Indian journal of veterinary science and animal husbandry - Volume 2,
Year: 1932
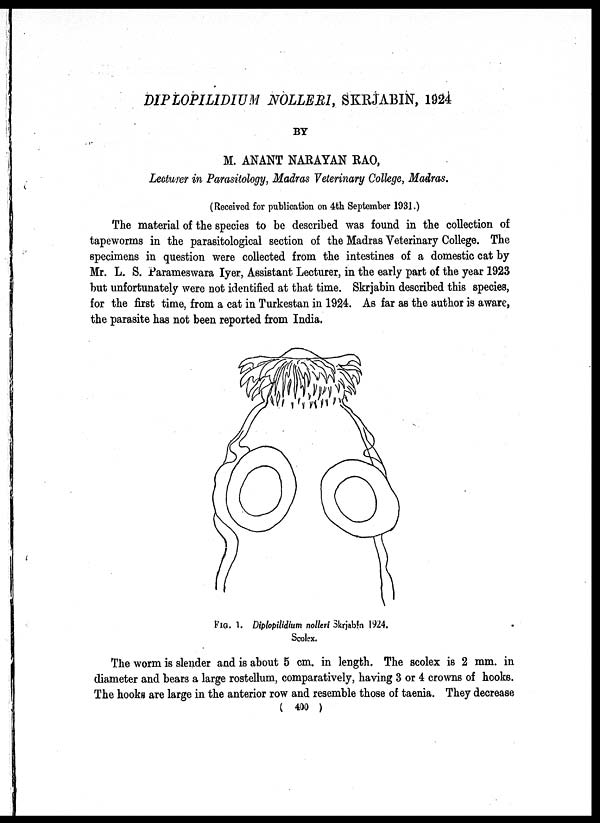
DIPLOPILIDIUM NOLLERI, SKRJABIN, 1924
BY
M. ANANT NARAYAN RAO,
Lecturer in Parasitology, Madras Veterinary College, Madras.
(Received for publication on 4th September 1931.)
The material of the species to be described was found in the collection of
tapeworms in the parasitological section of the Madras Veterinary College. The
specimens in question were collected from the intestines of a domestic cat by
Mr. L. S. Parameswara Iyer, Assistant Lecturer, in the early part of the year 1923
but unfortunately were not identified at that time. Skrjabin described this species,
for the first time, from a cat in Turkestan in 1924. As far as the author is aware,
the parasite has not been reported from India.
FIG. 1. Diplopilidium nolleri Skrjabin 1924.
Scolex.
The worm is slender and is about 5 cm. in length. The scolex is 2 mm. in
diameter and bears a large rostellum, comparatively, having 3 or 4 crowns of hooks.
The hooks are large in the anterior row and resemble those of taenia. They decrease
( 400 )